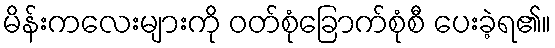
မိန်းကလေးများကို ဝတ်စုံခြောက်စုံစီ ပေးခဲ့ရ၏။